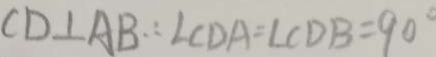
C D \bot A B \therefore \angle C D A = \angle C D B = 9 0 ^ { \circ }